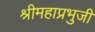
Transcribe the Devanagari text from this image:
श्रीमहाप्रभुजी